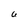
Character: 6